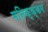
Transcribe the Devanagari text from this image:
मनिक्क्कम